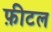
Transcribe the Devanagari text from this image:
फ़ीटल